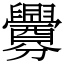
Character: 釁